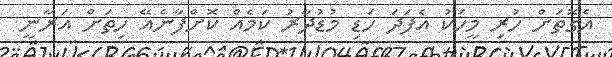
އެގޮތަށް ހުރި މީހަކު އެފަދަ ހަޑި މުޑުދާރު ކަމެއް ކޮށްފާނެއޭ ހިތަށް އަރާނީ